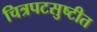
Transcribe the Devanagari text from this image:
चित्रपटसुष्टीत